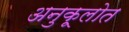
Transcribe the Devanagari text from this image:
अनुकूलोत